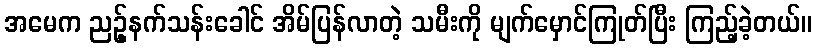
အမေက ညဥ့်နက်သန်းခေါင် အိမ်ပြန်လာတဲ့ သမီးကို မျက်မှောင်ကြုတ်ပြီး ကြည့်ခဲ့တယ်။